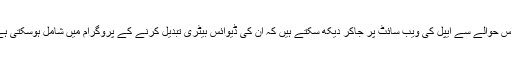
صارفین اس حوالے سے ایپل کی ویب سائٹ پر جاکر دیکھ سکتے ہیں کہ ان کی ڈیوائس بیٹری تبدیل کرنے کے پروگرام میں شامل ہوسکتی ہے یا نہیں۔